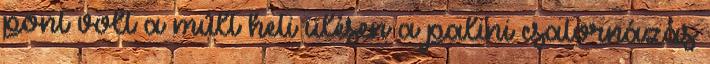
pont volt a múlt heti ülésen a palini csatornázás